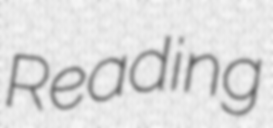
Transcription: Reading